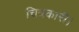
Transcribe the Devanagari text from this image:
चित्रकारी।